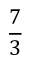
\frac 7 3